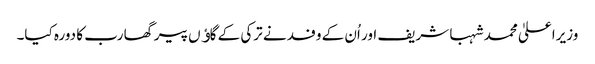
وزیراعلیٰ محمد شہبا شریف اور اُن کے وفد نے ترکی کے گاﺅں پیرگھا رب کا دورہ کیا۔